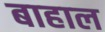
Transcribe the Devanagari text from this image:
बाहाल